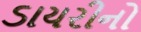
ડાયરીનો